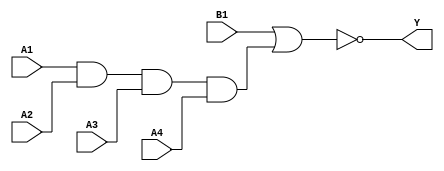
module sky130_fd_sc_ms__a41oi_6 (
    Y ,
    A1,
    A2,
    A3,
    A4,
    B1
);
    output Y ;
    input  A1;
    input  A2;
    input  A3;
    input  A4;
    input  B1;
    wire and0_out  ;
    wire nor0_out_Y;
    and and0 (and0_out  , A1, A2, A3, A4 );
    nor nor0 (nor0_out_Y, B1, and0_out   );
    buf buf0 (Y         , nor0_out_Y     );
endmodule